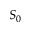
S _ { 0 }